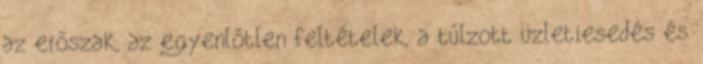
az erőszak, az egyenlőtlen feltételek, a túlzott üzletiesedés és